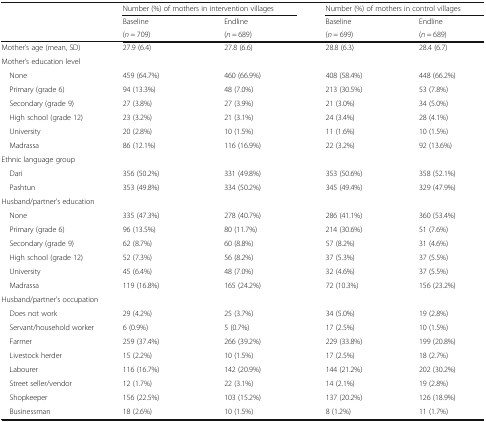
<table><thead><tr><td></td><td colspan="2"><b>Number (%) of mothers in intervention villages</b></td><td colspan="2"><b>Number (%) of mothers in control villages</b></td></tr><tr><td rowspan="2"></td><td><b>Baseline</b></td><td><b>Endline</b></td><td><b>Baseline</b></td><td><b>Endline</b></td></tr><tr><td><b>(<i>n</i> = 709)</b></td><td><b>(<i>n</i> = 689)</b></td><td><b>(<i>n</i> = 699)</b></td><td><b>(<i>n</i> = 689)</b></td></tr></thead><tbody><tr><td>Mother’s age (mean, SD)</td><td>27.9 (6.4)</td><td>27.8 (6.6)</td><td>28.8 (6.3)</td><td>28.4 (6.7)</td></tr><tr><td colspan="5">Mother’s education level</td></tr><tr><td> None</td><td>459 (64.7%)</td><td>460 (66.9%)</td><td>408 (58.4%)</td><td>448 (66.2%)</td></tr><tr><td> Primary (grade 6)</td><td>94 (13.3%)</td><td>48 (7.0%)</td><td>213 (30.5%)</td><td>53 (7.8%)</td></tr><tr><td> Secondary (grade 9)</td><td>27 (3.8%)</td><td>27 (3.9%)</td><td>21 (3.0%)</td><td>34 (5.0%)</td></tr><tr><td> High school (grade 12)</td><td>23 (3.2%)</td><td>21 (3.1%)</td><td>24 (3.4%)</td><td>28 (4.1%)</td></tr><tr><td> University</td><td>20 (2.8%)</td><td>10 (1.5%)</td><td>11 (1.6%)</td><td>10 (1.5%)</td></tr><tr><td> Madrassa</td><td>86 (12.1%)</td><td>116 (16.9%)</td><td>22 (3.2%)</td><td>92 (13.6%)</td></tr><tr><td colspan="5">Ethnic language group</td></tr><tr><td> Dari</td><td>356 (50.2%)</td><td>331 (49.8%)</td><td>353 (50.6%)</td><td>358 (52.1%)</td></tr><tr><td> Pashtun</td><td>353 (49.8%)</td><td>334 (50.2%)</td><td>345 (49.4%)</td><td>329 (47.9%)</td></tr><tr><td colspan="5">Husband/partner’s education</td></tr><tr><td> None</td><td>335 (47.3%)</td><td>278 (40.7%)</td><td>286 (41.1%)</td><td>360 (53.4%)</td></tr><tr><td> Primary (grade 6)</td><td>96 (13.5%)</td><td>80 (11.7%)</td><td>214 (30.6%)</td><td>51 (7.6%)</td></tr><tr><td> Secondary (grade 9)</td><td>62 (8.7%)</td><td>60 (8.8%)</td><td>57 (8.2%)</td><td>31 (4.6%)</td></tr><tr><td> High school (grade 12)</td><td>52 (7.3%)</td><td>56 (8.2%)</td><td>37 (5.3%)</td><td>37 (5.5%)</td></tr><tr><td> University</td><td>45 (6.4%)</td><td>48 (7.0%)</td><td>32 (4.6%)</td><td>37 (5.5%)</td></tr><tr><td> Madrassa</td><td>119 (16.8%)</td><td>165 (24.2%)</td><td>72 (10.3%)</td><td>156 (23.2%)</td></tr><tr><td colspan="5">Husband/partner’s occupation</td></tr><tr><td> Does not work</td><td>29 (4.2%)</td><td>25 (3.7%)</td><td>34 (5.0%)</td><td>19 (2.8%)</td></tr><tr><td> Servant/household worker</td><td>6 (0.9%)</td><td>5 (0.7%)</td><td>17 (2.5%)</td><td>10 (1.5%)</td></tr><tr><td> Farmer</td><td>259 (37.4%)</td><td>266 (39.2%)</td><td>229 (33.8%)</td><td>199 (20.8%)</td></tr><tr><td> Livestock herder</td><td>15 (2.2%)</td><td>10 (1.5%)</td><td>17 (2.5%)</td><td>18 (2.7%)</td></tr><tr><td> Labourer</td><td>116 (16.7%)</td><td>142 (20.9%)</td><td>144 (21.2%)</td><td>202 (30.2%)</td></tr><tr><td> Street seller/vendor</td><td>12 (1.7%)</td><td>22 (3.1%)</td><td>14 (2.1%)</td><td>19 (2.8%)</td></tr><tr><td> Shopkeeper</td><td>156 (22.5%)</td><td>103 (15.2%)</td><td>137 (20.2%)</td><td>126 (18.9%)</td></tr><tr><td> Businessman</td><td>18 (2.6%)</td><td>10 (1.5%)</td><td>8 (1.2%)</td><td>11 (1.7%)</td></tr></tbody></table>